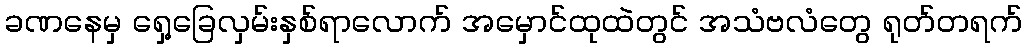
ခဏနေမှ ရှေ့ခြေလှမ်းနှစ်ရာလောက် အမှောင်ထုထဲတွင် အသံဗလံတွေ ရုတ်တရက်